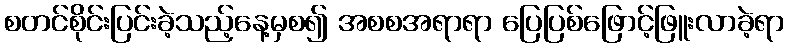
စတင်စိုင်းပြင်းခဲ့သည့်နေ့မှစ၍ အစစအရာရာ ပြေပြစ်ဖြောင့်ဖြူးလာခဲ့ရာ